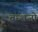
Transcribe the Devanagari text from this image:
वन्शजो